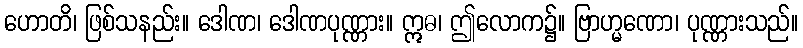
ဟောတိ၊ ဖြစ်သနည်း။ ဒေါဏ၊ ဒေါဏပုဏ္ဏား။ ဣဓ၊ ဤလောက၌။ ဗြာဟ္မဏော၊ ပုဏ္ဏားသည်။